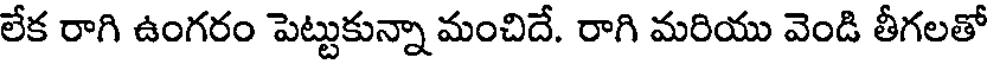
లేక రాగి ఉంగరం పెట్టుకున్నా మంచిదే. రాగి మరియు వెండి తీగలతో